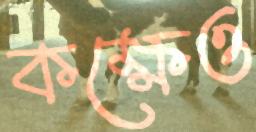
কক্ষেও